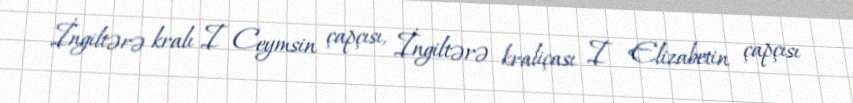
İngiltərə kralı I Ceymsin çapçısı, İngiltərə kraliçası I Elizabetin çapçısı